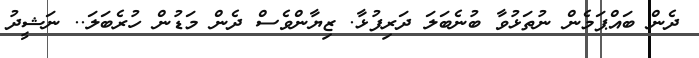
ދެން ބައްޕަމެން ނުތަޅުވާ ބުނެބަލަ ދަރިފުޅާ. ޒިޔާންވެސް ދެން މަޑުން ހުރެބަލަ.. ނަޝީދު